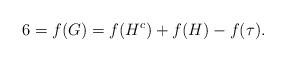
LaTeX: \begin{align*}6=f(G) =f(H^c) +f(H)-f(\tau).\end{align*}